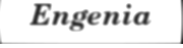
Engenia